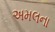
અમલના